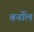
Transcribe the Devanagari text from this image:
बर्नोल